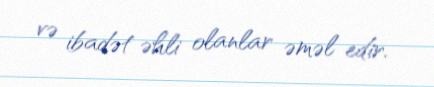
və ibadət əhli olanlar əməl edir.